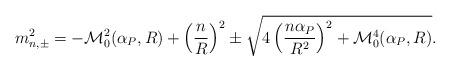
LaTeX: \begin{align*}m^2_{n,\pm}=-{\cal M}^2_0(\alpha_P,R)+\left(\frac{n}{R}\right)^2\pm\sqrt{4\left(\frac{n\alpha_P }{R^2}\right)^2+{\cal M}^4_0(\alpha_P,R)}.\end{align*}